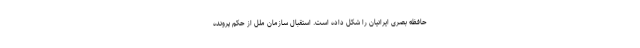
حافظه بصری ایرانیان را شکل داده است. استقبال سازمان ملل از حکم پرونده